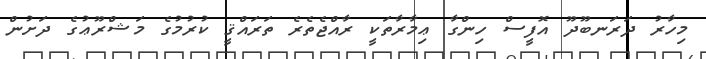
މިހާރު ދަރަނބޫދޫ އޮފީސް ހިންގާ ޢިމާރާތަކީ ރާއްޖެތެރެ ތަރައްޤީ ކުރުމުގެ މަޝްރޫޢުގެ ދަށުން